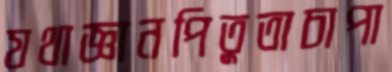
যথাজ্ঞানপিতুতাচাপা